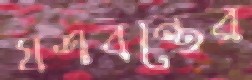
যশবন্তের